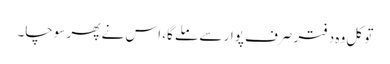
تو کل وہ دفتر صرف پوار سے ملے گا، اس نے پھر سوچا۔